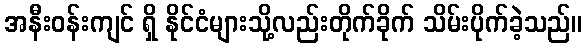
အနီးဝန်းကျင် ရှိ နိုင်ငံများသို့လည်းတိုက်ခိုက် သိမ်းပိုက်ခဲ့သည်။